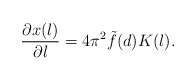
\begin{align*}\frac{\partial x(l)}{\partial l} = 4\pi^2\tilde{f}(d) K(l).\end{align*}